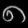
Digit: ၈